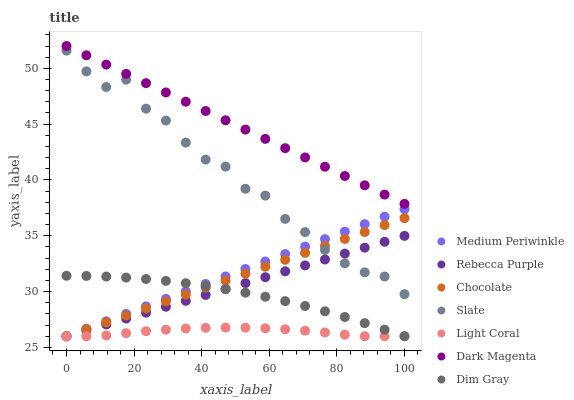
| xaxis_label | Medium Periwinkle | Rebecca Purple | Chocolate | Slate | Light Coral | Dark Magenta | Dim Gray |
 | --- | --- | --- | --- | --- | --- | --- | --- |
 | 0 | 26 | 26 | 26 | 51.6 | 26 | 52 | 31.4 |
 | 5.88 | 26.7 | 26.5 | 26.6 | 49.7 | 26 | 51.2 | 31.4 |
 | 11.8 | 27.3 | 27.1 | 27.2 | 48.3 | 26.1 | 50.3 | 31.3 |
 | 17.6 | 28 | 27.6 | 27.9 | 49 | 26.3 | 49.5 | 31.3 |
 | 23.5 | 28.7 | 28.1 | 28.5 | 46.4 | 26.5 | 48.7 | 31.1 |
 | 29.4 | 29.3 | 28.6 | 29.1 | 45.3 | 26.6 | 47.8 | 31 |
 | 35.3 | 30 | 29.2 | 29.7 | 43.3 | 26.7 | 47 | 30.8 |
 | 41.2 | 30.7 | 29.7 | 30.4 | 41.8 | 26.8 | 46.2 | 30.5 |
 | 47.1 | 31.4 | 30.2 | 31 | 41.2 | 26.8 | 45.3 | 30.2 |
 | 52.9 | 32 | 30.8 | 31.6 | 39.2 | 26.8 | 44.5 | 29.9 |
 | 58.8 | 32.7 | 31.3 | 32.2 | 38.6 | 26.7 | 43.7 | 29.5 |
 | 64.7 | 33.4 | 31.8 | 32.8 | 36.5 | 26.6 | 42.9 | 29.1 |
 | 70.6 | 34 | 32.3 | 33.5 | 35.3 | 26.5 | 42 | 28.7 |
 | 76.5 | 34.7 | 32.9 | 34.1 | 33.7 | 26.3 | 41.2 | 28.2 |
 | 82.4 | 35.4 | 33.4 | 34.7 | 32.5 | 26.1 | 40.4 | 27.7 |
 | 88.2 | 36 | 33.9 | 35.3 | 31.7 | 26 | 39.5 | 27.2 |
 | 94.1 | 36.7 | 34.5 | 36 | 31.4 | 26 | 38.7 | 26.6 |
 | 100 | 37.4 | 35 | 36.6 | 29.8 | 26 | 37.9 | 26 |